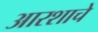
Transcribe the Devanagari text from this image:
आरशाचे